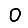
Digit: 0